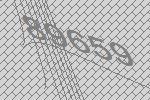
89659